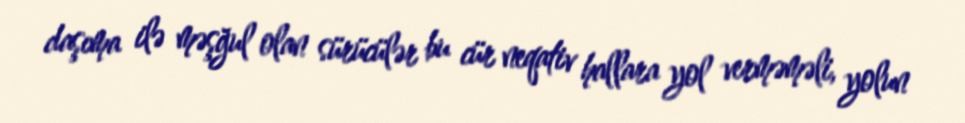
daşıma ilə məşğul olan sürücülər bu cür neqativ hallara yol verməməli, yolun